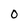
Character: O